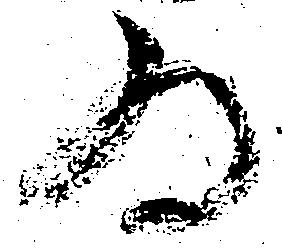
為